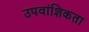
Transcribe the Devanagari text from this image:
उपवांशिकता